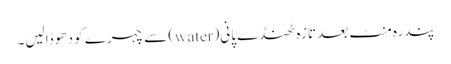
پندرہ منٹ بعد تازہ ٹھنڈے پانی(water) سے چہرے کو دھو ڈالیں۔